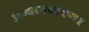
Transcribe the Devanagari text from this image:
अण्वस्त्रचाचण्या